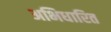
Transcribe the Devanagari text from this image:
अभिधारित